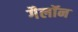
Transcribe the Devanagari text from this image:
गैलॉन